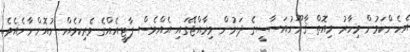
އެހެންކަމުން މިހާރު މިއޮތް ޤާނޫނުއަސާސީގެ ދަށުން މިރާއްޖޭގައި އެއްވެސް ޕާޓީއެއްގެ ވެރިކަމެއް ނުއޮންނާނެއެވެ.